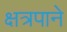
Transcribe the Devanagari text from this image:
क्षत्रपाने